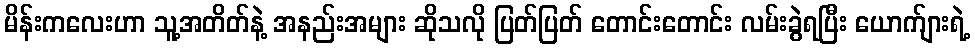
မိန်းကလေးဟာ သူ့အတိတ်နဲ့ အနည်းအများ ဆိုသလို ပြတ်ပြတ် တောင်းတောင်း လမ်းခွဲရပြီး ယောက်ျားရဲ့